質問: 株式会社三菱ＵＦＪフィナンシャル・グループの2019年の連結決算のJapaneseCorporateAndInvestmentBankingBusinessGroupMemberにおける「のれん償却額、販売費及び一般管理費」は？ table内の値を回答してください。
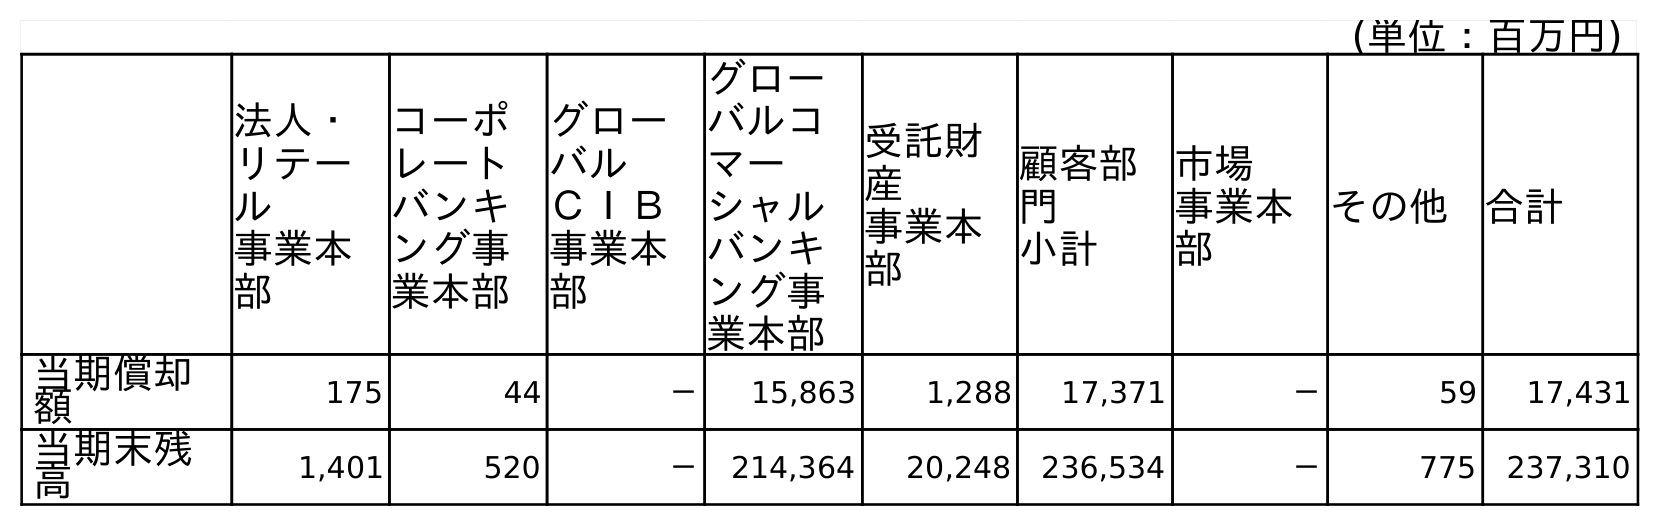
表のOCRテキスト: (単位：百万円) 法人・ リテー ル 事業本 部 コーポ レート バンキ ング事 業本部 グロー バル ＣＩＢ 事業本 部 グロー バルコ マー シャル バンキ ング事 業本部 受託財 産 事業本 部 顧客部 門 小計 市場 事業本 部 その他 合計 当期償却 額 175 44 － 15,863 1,288 17,371 － 59 17,431 当期末残 高 1,401 520 － 214,364 20,248 236,534 － 775 237,310
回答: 44